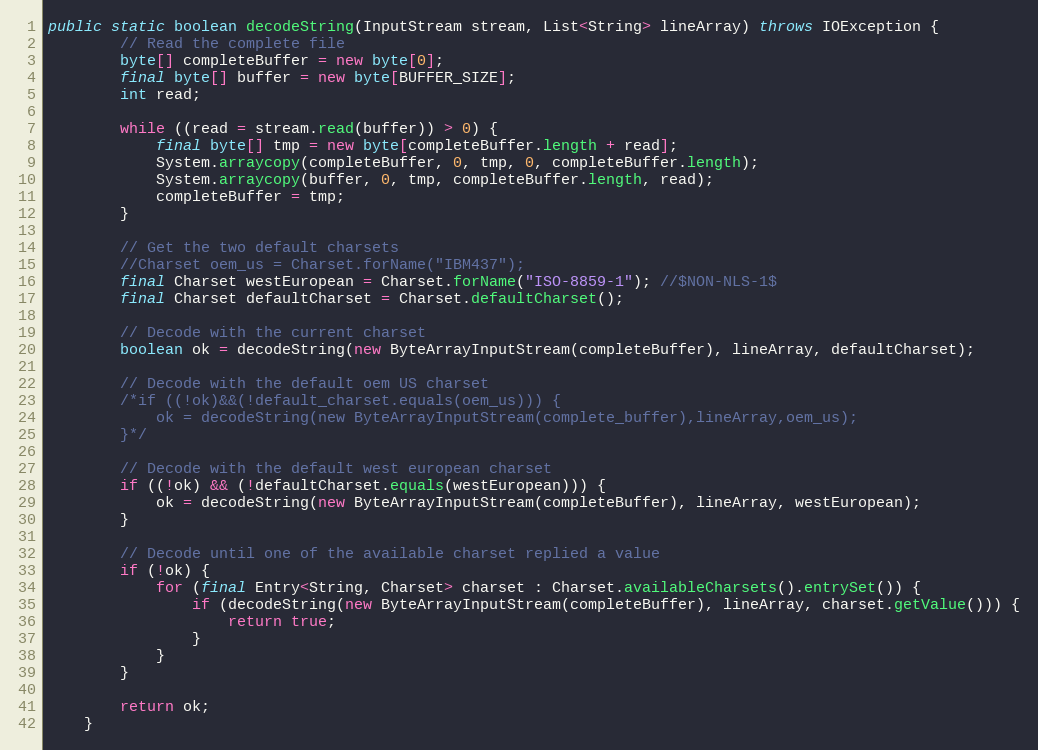
Language: Java
public static boolean decodeString(InputStream stream, List<String> lineArray) throws IOException {
		// Read the complete file
		byte[] completeBuffer = new byte[0];
		final byte[] buffer = new byte[BUFFER_SIZE];
		int read;

		while ((read = stream.read(buffer)) > 0) {
			final byte[] tmp = new byte[completeBuffer.length + read];
			System.arraycopy(completeBuffer, 0, tmp, 0, completeBuffer.length);
			System.arraycopy(buffer, 0, tmp, completeBuffer.length, read);
			completeBuffer = tmp;
		}

		// Get the two default charsets
		//Charset oem_us = Charset.forName("IBM437");
		final Charset westEuropean = Charset.forName("ISO-8859-1"); //$NON-NLS-1$
		final Charset defaultCharset = Charset.defaultCharset();

		// Decode with the current charset
		boolean ok = decodeString(new ByteArrayInputStream(completeBuffer), lineArray, defaultCharset);

		// Decode with the default oem US charset
		/*if ((!ok)&&(!default_charset.equals(oem_us))) {
    		ok = decodeString(new ByteArrayInputStream(complete_buffer),lineArray,oem_us);
    	}*/

		// Decode with the default west european charset
		if ((!ok) && (!defaultCharset.equals(westEuropean))) {
			ok = decodeString(new ByteArrayInputStream(completeBuffer), lineArray, westEuropean);
		}

		// Decode until one of the available charset replied a value
		if (!ok) {
			for (final Entry<String, Charset> charset : Charset.availableCharsets().entrySet()) {
				if (decodeString(new ByteArrayInputStream(completeBuffer), lineArray, charset.getValue())) {
					return true;
				}
			}
		}

		return ok;
	}